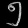
Digit: ၅